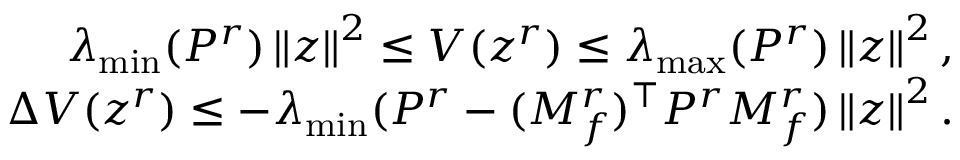
\begin{array} { r } { \lambda _ { \operatorname* { m i n } } ( P ^ { r } ) \left\| z \right\| ^ { 2 } \leq V ( z ^ { r } ) \leq \lambda _ { \operatorname* { m a x } } ( P ^ { r } ) \left\| z \right\| ^ { 2 } , } \\ { \Delta V ( z ^ { r } ) \leq - \lambda _ { \operatorname* { m i n } } ( P ^ { r } - ( M _ { f } ^ { r } ) ^ { \top } P ^ { r } M _ { f } ^ { r } ) \left\| z \right\| ^ { 2 } . } \end{array}